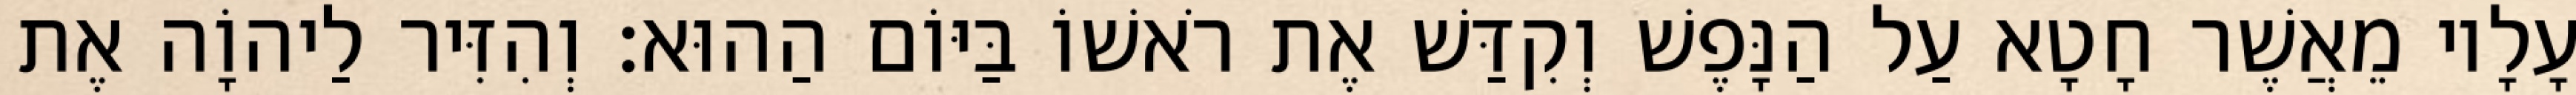
עָלָיו מֵאֲשֶׁר חָטָא עַל הַנָּפֶשׁ וְקִדַּשׁ אֶת רֹאשׁוֹ בַּיּוֹם הַהוּא׃ וְהִזִּיר לַיהוָֹה אֶת